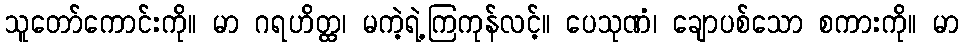
သူတော်ကောင်းကို။ မာ ဂရဟိတ္ထ၊ မကဲ့ရဲ့ကြကုန်လင့်။ ပေသုဏံ၊ ချောပစ်သော စကားကို။ မာ